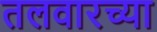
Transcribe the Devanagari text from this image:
तलवारच्या